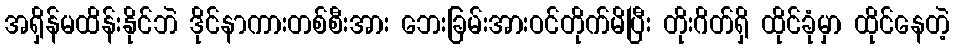
အရှိန်မထိန်းနိုင်ဘဲ ဒိုင်နာကားတစ်စီးအား ဘေးခြမ်းအားဝင်တိုက်မိပြီး တိုးဂိတ်ရှိ ထိုင်ခုံမှာ ထိုင်နေတဲ့